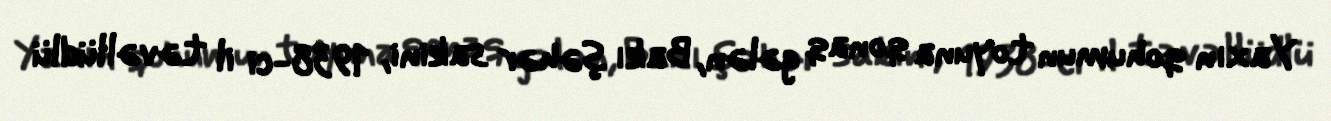
Yaxın qohumun toyuna qonaq gələn, Bakı şəhər sakini, 1938-ci il təvəllüdlü